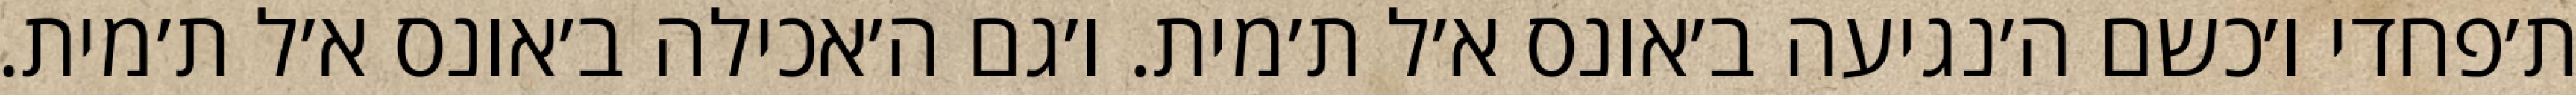
ת׳פחדי ו׳כשם ה׳נגיעה ב׳אונס א׳ל ת׳מית. ו׳גם ה׳אכילה ב׳אונס א׳ל ת׳מית.